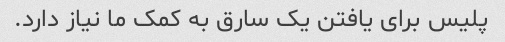
پلیس برای یافتن یک سارق به کمک ما نیاز دارد.